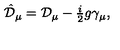
\hat { \cal D } _ { \mu } = { \cal D } _ { \mu } - { \textstyle \frac { i } { 2 } } g \gamma _ { \mu } ,